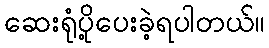
ဆေးရုံပို့ပေးခဲ့ရပါတယ်။